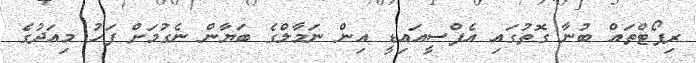
ރިޕޯޓްތައް ބުނާ ގޮތުގައި އެފްސީއައިޑީ އިން ނަމާލްގެ ބަޔާން ނެގުމަށް ފަހު މިއަދުގެ